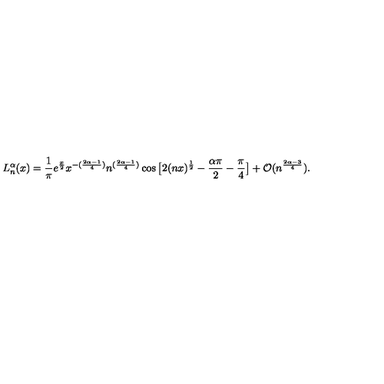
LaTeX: L _ { n } ^ { \alpha } ( x ) = \frac { 1 } { \pi } e ^ { \frac { x } { 2 } } x ^ { - ( \frac { 2 \alpha - 1 } { 4 } ) } n ^ { ( \frac { 2 \alpha - 1 } { 4 } ) } \cos \big [ 2 ( n x ) ^ { \frac { 1 } { 2 } } - \frac { \alpha \pi } { 2 } - \frac { \pi } { 4 } \big ] + \mathcal { O } ( n ^ { \frac { 2 \alpha - 3 } { 4 } } ) .